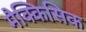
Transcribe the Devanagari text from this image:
मैक्किसिक